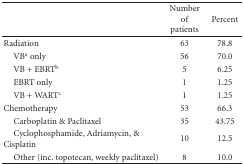
<table><thead><tr><td></td><td><b>Number of patients</b></td><td><b>Percent</b></td></tr></thead><tbody><tr><td>Radiation</td><td>63</td><td>78.8</td></tr><tr><td> VB<sup>a</sup> only</td><td>56</td><td>70.0</td></tr><tr><td> VB + EBRT<sup>b</sup></td><td>5</td><td>6.25</td></tr><tr><td> EBRT only</td><td>1</td><td>1.25</td></tr><tr><td> VB + WART<sup>c</sup></td><td>1</td><td>1.25</td></tr><tr><td>Chemotherapy</td><td>53</td><td>66.3</td></tr><tr><td> Carboplatin &amp; Paclitaxel</td><td>35</td><td>43.75</td></tr><tr><td> Cyclophosphamide, Adriamycin, &amp; Cisplatin</td><td>10</td><td>12.5</td></tr><tr><td> Other (inc. topotecan, weekly paclitaxel)</td><td>8</td><td>10.0</td></tr></tbody></table>